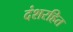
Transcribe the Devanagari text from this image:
दंशरहित